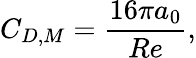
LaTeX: C_{D,M}=\frac{16\pi a_{0}}{Re},